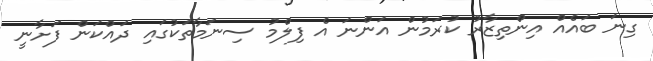
ގިނަ ބައެއް އިންތިޒާރު ކުރަމުން އަންނަ އެ ފިލްމު ސިނަމާތަކުގައި ދައްކަން ފަށާނީ